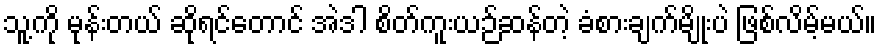
သူ့ကို မုန်းတယ် ဆိုရင်တောင် အဲဒါ စိတ်ကူးယဉ်ဆန်တဲ့ ခံစားချက်မျိုးပဲ ဖြစ်လိမ့်မယ်။